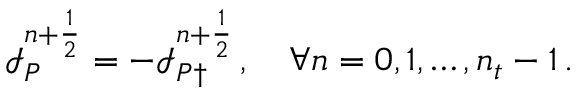
\mathcal I _ { P } ^ { n + \frac 1 2 } = - \mathcal I _ { P \dagger } ^ { n + \frac 1 2 } \, , \quad \forall n = 0 , 1 , \hdots , n _ { t } - 1 \, .